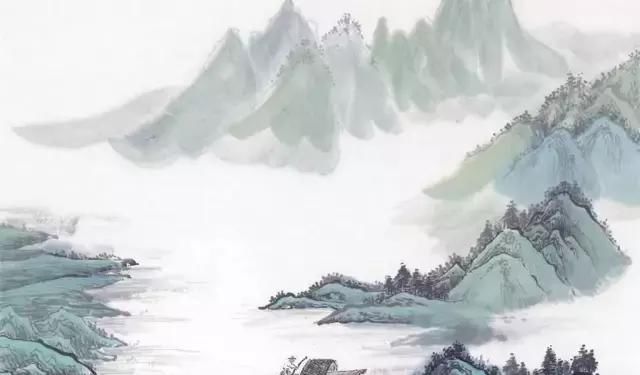
人生到处知何似，应似飞鸿踏雪泥。